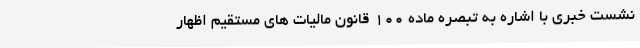
نشست خبری با اشاره به تبصره ماده 100 قانون مالیات های مستقیم اظهار